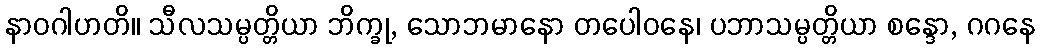
နာဝဂါဟတိ။ သီလသမ္ပတ္တိယာ ဘိက္ခု, သောဘမာနော တပေါဝနေ၊ ပဘာသမ္ပတ္တိယာ စန္ဒော, ဂဂနေ